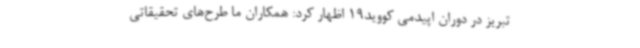
تبریز در دوران اپیدمی کووید19 اظهار کرد: همکاران ما طرح‌های تحقیقاتی